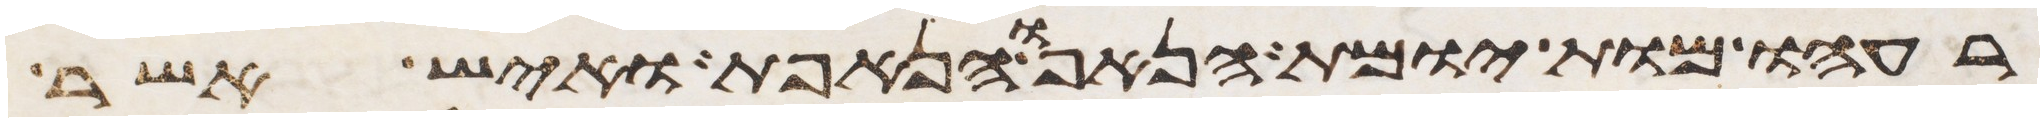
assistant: רעהו מות יומת הנאף והנאפת ואיש אשר